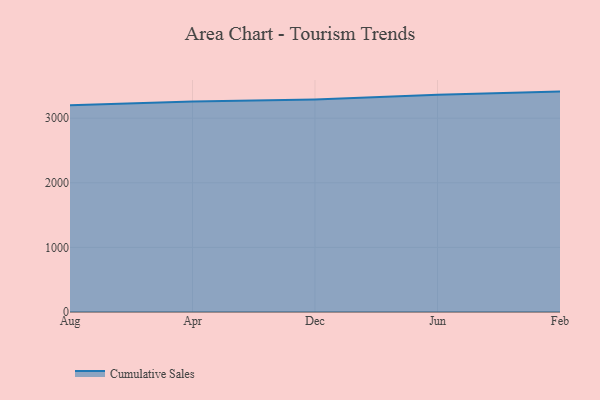
{"axis": {"x": "Month", "y": "Energy Usage (MWh)"}, "legend": ["Cumulative Sales"], "data": [{"x": "Aug", "y": 3200.7, "type": "Cumulative Sales"}, {"x": "Apr", "y": 3256.5, "type": "Cumulative Sales"}, {"x": "Dec", "y": 3288.6, "type": "Cumulative Sales"}, {"x": "Jun", "y": 3362.3, "type": "Cumulative Sales"}, {"x": "Feb", "y": 3411.3, "type": "Cumulative Sales"}]}